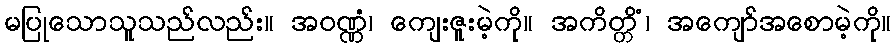
မပြုသောသူသည်လည်း။ အဝဏ္ဏံ၊ ကျေးဇူးမဲ့ကို။ အကိတ္တိံ၊ အကျော်အစောမဲ့ကို။